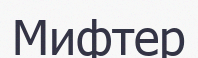
Мифтер